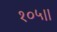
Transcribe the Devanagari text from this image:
१०५।।